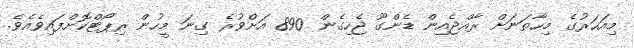
މިއަހަރުގެ މިހާތަނަށް ރާއްޖެއިން ޑެންގޫ ޖެހިގެން 890 އަށްވުރެ ގިނަ މީހުން ރިޕޯޓްކޮށްފައިވެއެވެ.